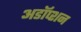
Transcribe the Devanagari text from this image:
अडॉप्शन